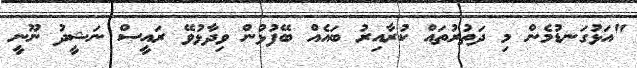
"އަޅުގަނޑުމެން މި ދަތުރުތައް ކުރާއިރު ބައެއް ބޭފުޅުން ވިދާޅުވޭ ރައީސް ނަޝީދު ނޫނީ